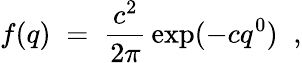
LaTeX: f(q)\; =\; \frac{c^{2}}{2\pi}\, \exp(-cq^{0})\; \; ,